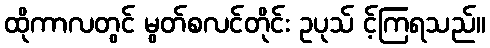
ထိုကာလတွင် မွတ်စလင်တိုင်း ဥပုသ် င့်ကြရသည်။